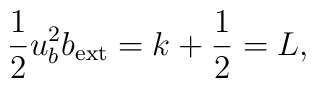
\frac{1}{2}u^2_bb_{\rm ext}=k+\frac{1}{2}=L,